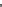
___